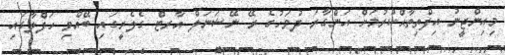
މިއިންޖީނު އިފްތިތާޙްކުރުމަށް އަންގާރަ ދުވަހުގެ ރޭ ނޭޝަނަލް އާރޓް ގެލެރީގައި ބޭއްވި ހަފްލާގައި